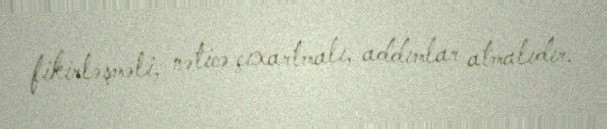
fikirləşməli, nəticə çıxartmalı, addımlar atmalıdır.